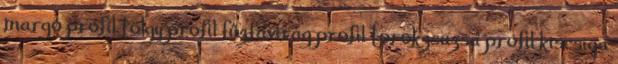
margó profil tölgy profil fűzfavirág profil torokzsuzsa profil kiscsiga